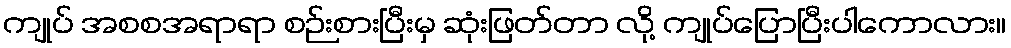
ကျုပ် အစစအရာရာ စဉ်းစားပြီးမှ ဆုံးဖြတ်တာ လို့ ကျုပ်ပြောပြီးပါကောလား။